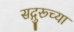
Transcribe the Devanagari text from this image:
सद्गुरूच्या